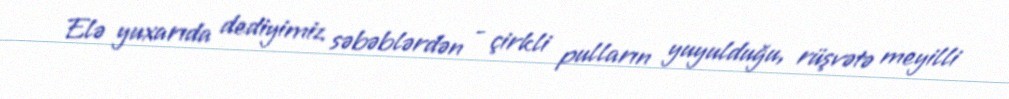
Elə yuxarıda dediyimiz səbəblərdən - çirkli pulların yuyulduğu, rüşvətə meyilli